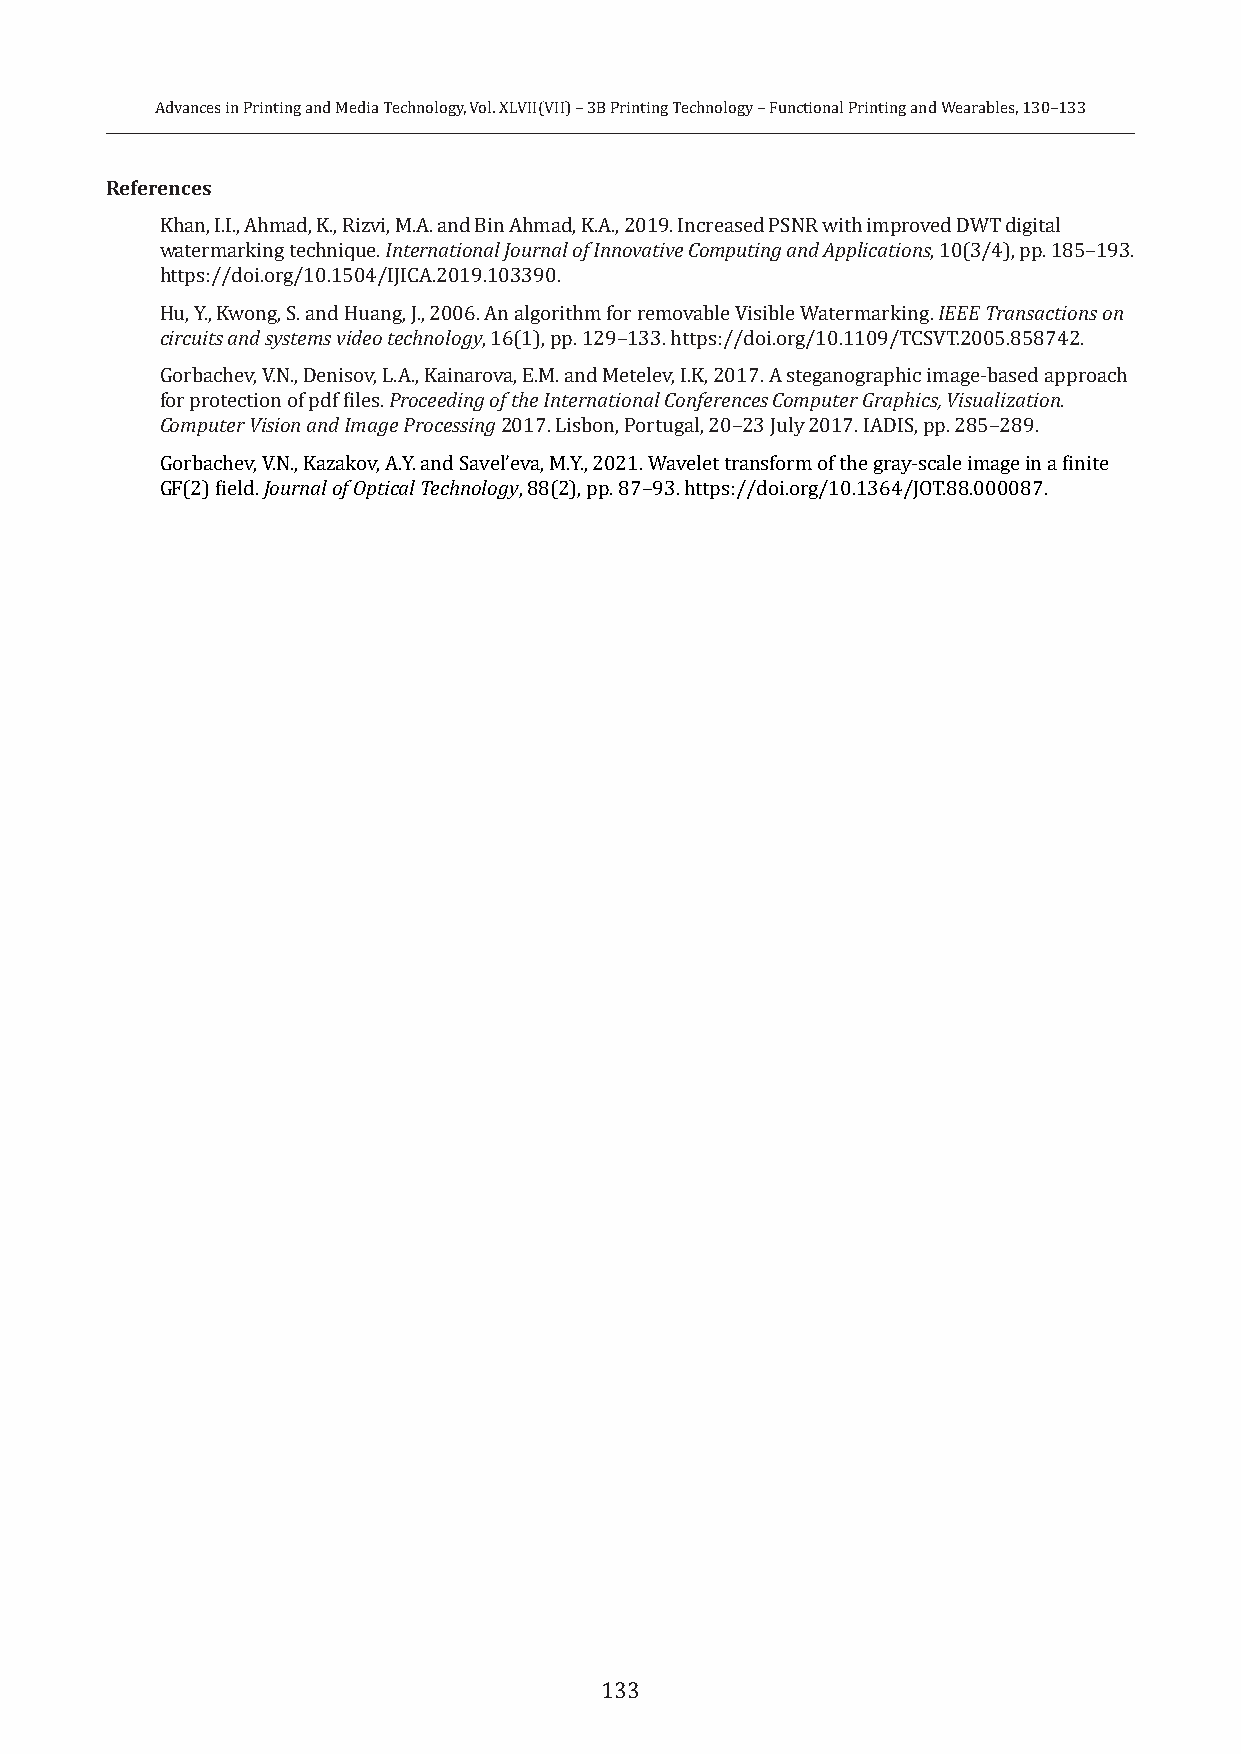
Advances in Printing and Media Technology, Vol. XLVII(VII) – 3B Printing Technology – Functional Printing and Wearables, 130–133
 References
 Khan, I.I., Ahmad, K., Rizvi, M.A. and Bin Ahmad, K.A., 2019. Increased PSNR with improved DWT digital
 watermarking technique. International Journal of Innovative Computing and Applications, 10(3/4), pp. 185–193.
 https://doi.org/10.1504/IJICA.2019.103390.
 Hu, Y., Kwong, S. and Huang, J., 2006. An algorithm for removable Visible Watermarking. IEEE Transactions on
 circuits and systems video technology, 16(1), pp. 129–133. https://doi.org/10.1109/TCSVT.2005.858742.
 Gorbachev, V.N., Denisov, L.A., Kainarova, E.M. and Metelev, I.K, 2017. A steganographic image-based approach
 for protection of pdf files. Proceeding of the International Conferences Computer Graphics, Visualization.
 Computer Vision and Image Processing 2017. Lisbon, Portugal, 20–23 July 2017. IADIS, pp. 285–289.
 Gorbachev, V.N., Kazakov, A.Y. and Savel’eva, M.Y., 2021. Wavelet transform of the gray-scale image in a finite
 GF(2) field. Journal of Optical Technology, 88(2), pp. 87–93. https://doi.org/10.1364/JOT.88.000087.
 133